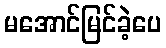
မအောင်မြင်ခဲ့ပေ